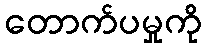
တောက်ပမှုကို